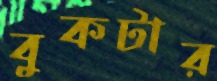
বুকটার